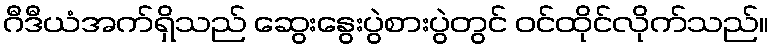
ဂီဒီယံအက်ရှိသည် ဆွေးနွေးပွဲစားပွဲတွင် ဝင်ထိုင်လိုက်သည်။